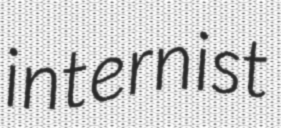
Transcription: internist